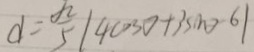
d = \frac { \sqrt { 2 } } { 5 } \vert 4 \cos \theta + 3 \sin > 6 \vert